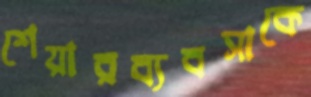
শেয়ারব্যবসাকে